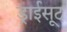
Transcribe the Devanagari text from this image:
ड्राईसूट